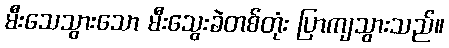
မီးသေသွားသော မီးသွေးခဲတစ်တုံး ပြာကျသွားသည်။